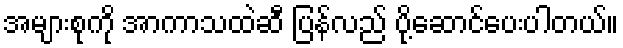
အများစုကို အာကာသထဲဆီ ပြန်လည် ပို့ဆောင်ပေးပါတယ်။